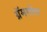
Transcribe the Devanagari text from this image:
ग्रॅममोल